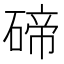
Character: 碲